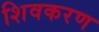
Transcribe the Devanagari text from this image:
शिवकरण